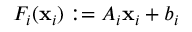
F _ { i } ( { \bf x } _ { i } ) : = A _ { i } { \bf x } _ { i } + b _ { i }